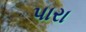
પારા